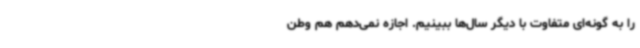
را به گونه‌ای متفاوت با دیگر سال‌ها ببینیم. اجازه نمی‌دهم هم وطن